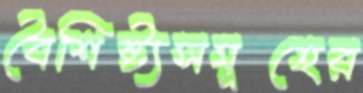
বৈশিষ্ট্যসমূহের